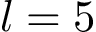
l = 5